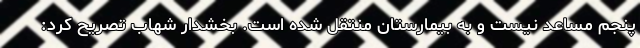
پنجم مساعد نیست و به بیمارستان منتقل شده است. بخشدار شهاب تصریح کرد: